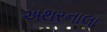
અથરનાલા